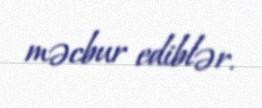
məcbur ediblər.